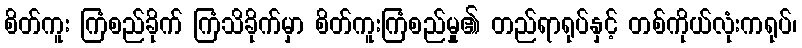
စိတ်ကူး ကြံစည်ခိုက် ကြံသိခိုက်မှာ စိတ်ကူးကြံစည်မှု၏ တည်ရာရုပ်နှင့် တစ်ကိုယ်လုံးကရုပ်၊